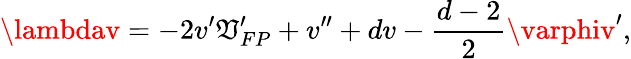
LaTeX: \lambdav=-2v^{\prime}\mathfrak{V}_{FP}^{\prime}+v^{\prime\prime}+dv-\frac{{d-2}}{{2}}\varphiv^{\prime},